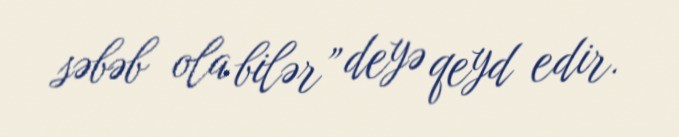
səbəb ola bilər” deyə qeyd edir.